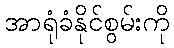
အာရုံခံနိုင်စွမ်းကို